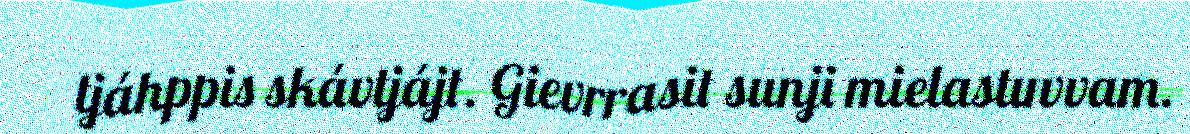
tjáhppis skávtjájt. Gievrrasit sunji mielastuvvam.